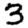
Digit: 3